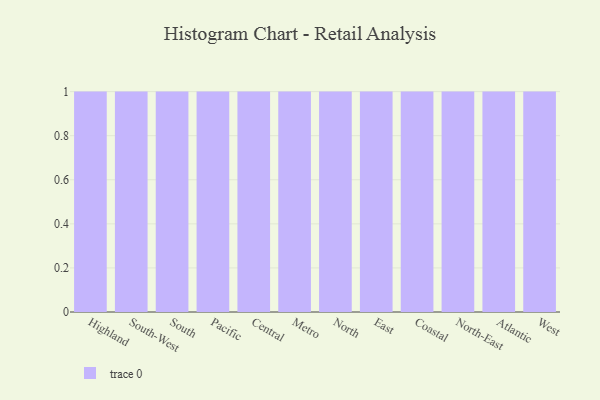
{"axis": {"x": "Region", "y": "Headcount"}, "legend": [""], "data": [{"x": "Highland", "y": 23, "type": ""}, {"x": "South-West", "y": 17, "type": ""}, {"x": "South", "y": 42, "type": ""}, {"x": "Pacific", "y": 86, "type": ""}, {"x": "Central", "y": 75, "type": ""}, {"x": "Metro", "y": 60, "type": ""}, {"x": "North", "y": 70, "type": ""}, {"x": "East", "y": 74, "type": ""}, {"x": "Coastal", "y": 46, "type": ""}, {"x": "North-East", "y": 57, "type": ""}, {"x": "Atlantic", "y": 96, "type": ""}, {"x": "West", "y": 84, "type": ""}]}